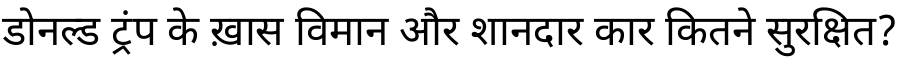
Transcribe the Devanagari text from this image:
डोनल्ड ट्रंप के ख़ास विमान और शानदार कार कितने सुरक्षित?